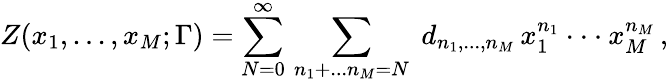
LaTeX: Z(x_{1},...,x_{M};\Gamma)=\sum_{N=0}^{\infty}\, \sum_{n_{1}+...n_{M}=N}\; d_{n_{1},...,n_{M}}\, x_{1}^{n_{1}}\cdot\cdot\cdot x_{M}^{n_{M}}\, ,